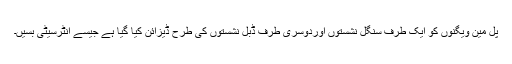
پل مین ویگنوں کو ایک طرف سنگل نشستوں اوردوسری طرف ڈبل نشستوں کی طرح ڈیزائن کیا گیا ہے جیسے انٹرسیٹی بسیں۔